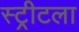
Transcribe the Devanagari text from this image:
स्ट्रीटला